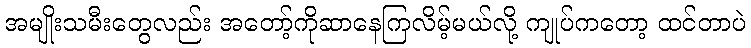
အမျိုးသမီးတွေလည်း အတော့်ကိုဆာနေကြလိမ့်မယ်လို့ ကျုပ်ကတော့ ထင်တာပဲ